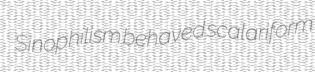
Sinophilism behaved scalariform